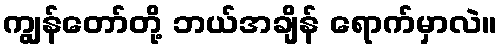
ကျွန်တော်တို့ ဘယ်အချိန် ရောက်မှာလဲ။